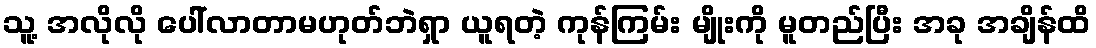
သူ့ အလိုလို ပေါ်လာတာမဟုတ်ဘဲရှာ ယူရတဲ့ ကုန်ကြမ်း မျိုးကို မူတည်ပြီး အခု အချိန်ထိ